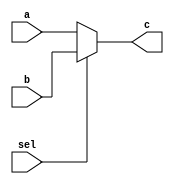
module mux_2to1_35bits(c,a,b,sel);
	input [35:0]a;
	input [35:0]b;
	input sel;
	output reg[35:0]c;
			
	always@(*)begin 
		if(sel==0)
			c=a;
		else if(sel==1)
			c=b;
		else c=36'hx;
	end
	
endmodule